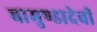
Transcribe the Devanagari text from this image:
चामुण्डादेवी